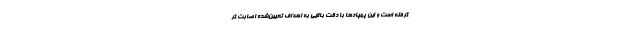
گرفته است و این پهپادها با دقت بالایی به اهداف تعیین‌شده اصابت کر